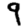
Digit: 9